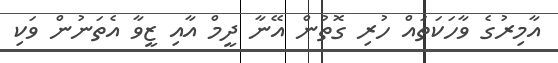
އާމިރުގެ ވާހަކަތައް ހުރި ގޮތުން އޭނާ ދީމް އާއި ޒީވާ އެތަނުން ވަކި